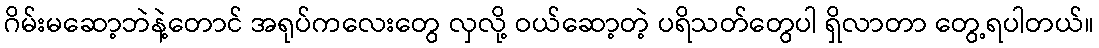
ဂိမ်းမဆော့ဘဲနဲ့တောင် အရုပ်ကလေးတွေ လှလို့ ဝယ်ဆော့တဲ့ ပရိသတ်တွေပါ ရှိလာတာ တွေ့ရပါတယ်။